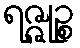
ရဇ္ဇုဉ္စ